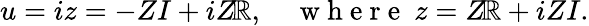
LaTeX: u=iz=-ZI+iZ\! \mathbb{R},\quad\mathrm{{~w~h~e~r~e~\ }}z=Z\! \mathbb{R}+iZI.